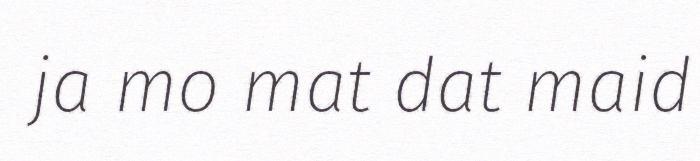
ja mo mat dat maid